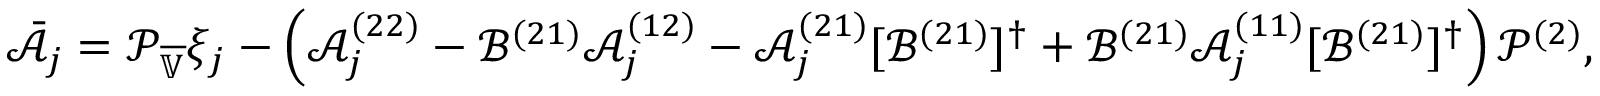
\bar { \mathcal { A } } _ { j } = \mathcal { P } _ { \overline { { \mathbb { V } } } } \xi _ { j } - \left( \mathcal { A } _ { j } ^ { ( 2 2 ) } - \mathcal { B } ^ { ( 2 1 ) } \mathcal { A } _ { j } ^ { ( 1 2 ) } - \mathcal { A } _ { j } ^ { ( 2 1 ) } [ \mathcal { B } ^ { ( 2 1 ) } ] ^ { \dagger } + \mathcal { B } ^ { ( 2 1 ) } \mathcal { A } _ { j } ^ { ( 1 1 ) } [ \mathcal { B } ^ { ( 2 1 ) } ] ^ { \dagger } \right) \mathcal { P } ^ { ( 2 ) } ,